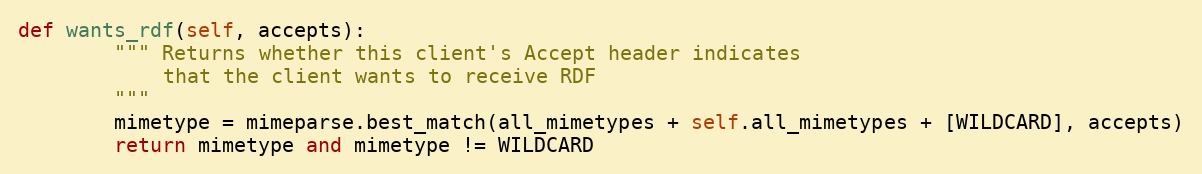
Language: Python
def wants_rdf(self, accepts):
		""" Returns whether this client's Accept header indicates
		    that the client wants to receive RDF
		"""
		mimetype = mimeparse.best_match(all_mimetypes + self.all_mimetypes + [WILDCARD], accepts)
		return mimetype and mimetype != WILDCARD